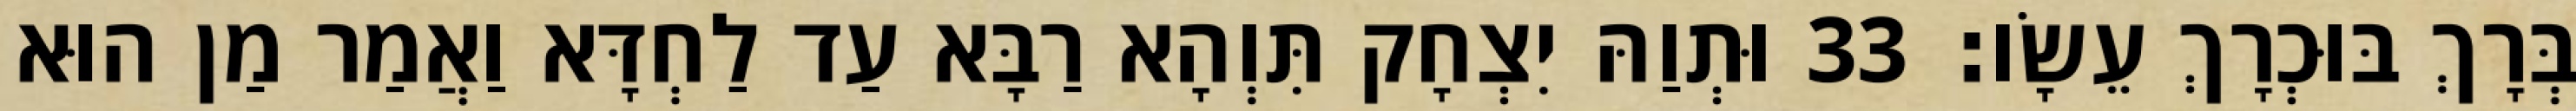
בְּרָךְ בּוּכְרָךְ עֵשָׂו׃ 33 וּתְוַהּ יִצְחָק תִּוְהָא רַבָּא עַד לַחְדָּא וַאֲמַר מַן הוּא